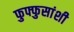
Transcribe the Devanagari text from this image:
फुफ्फुसांशी